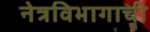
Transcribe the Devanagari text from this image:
नेत्रविभागाची